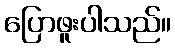
ပြောဖူးပါသည်။